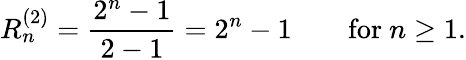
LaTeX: R_{n}^{(2)}={\frac{2^{n}-1}{2-1}}={2^{n}-1}\qquad{\mathrm{for~}}n\geq 1.